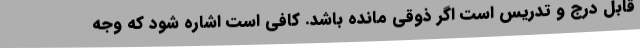
قابل درج و تدریس است اگر ذوقی مانده باشد. کافی است اشاره شود که وجه